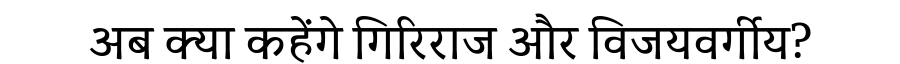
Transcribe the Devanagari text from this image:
अब क्या कहेंगे गिरिराज और विजयवर्गीय?